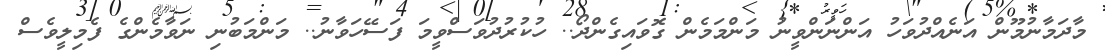
މާދަމާނުމޫން އަނެއްދުވަހު އަންނަންވީނު މަންމަމެން ގޮވައިގެންދޯ.. ހުކުރުދުވަސްވީމަ ފަސޭހަވާނު.. މަންމަބުނި ނަވާމެންގެ ފެމިލީވެސް